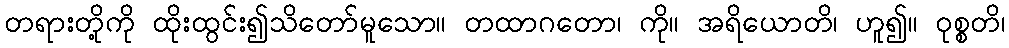
တရားတို့ကို ထိုးထွင်း၍သိတော်မူသော။ တထာဂတော၊ ကို။ အရိယောတိ၊ ဟူ၍။ ဝုစ္စတိ၊